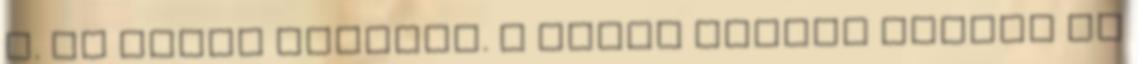
J. és kerek asztala. A költő prózai írásai és